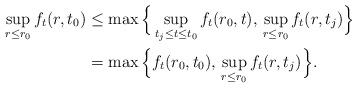
LaTeX: \begin{align*} \sup_{r \leq r_0} f_t(r,t_0) &\leq \max \Big \{ \sup_{t_j \leq t \leq t_0} f_t(r_0,t), \, \sup_{r \leq r_0} f_t(r,t_j) \Big \} \\ &= \max \Big \{ f_t(r_0,t_0), \, \sup_{r \leq r_0} f_t(r,t_j) \Big \}. \end{align*}